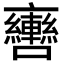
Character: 𨏯